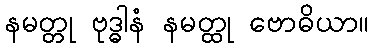
နမတ္တု ဗုဒ္ဓါနံ နမတ္ထု ဗောဓိယာ။